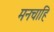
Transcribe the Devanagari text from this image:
मनचाहि